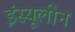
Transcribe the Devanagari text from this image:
इंस्यूलीन